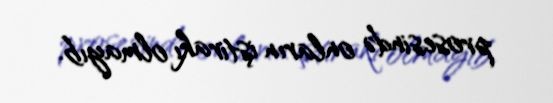
prosesində onların iştirakı olmayıb.